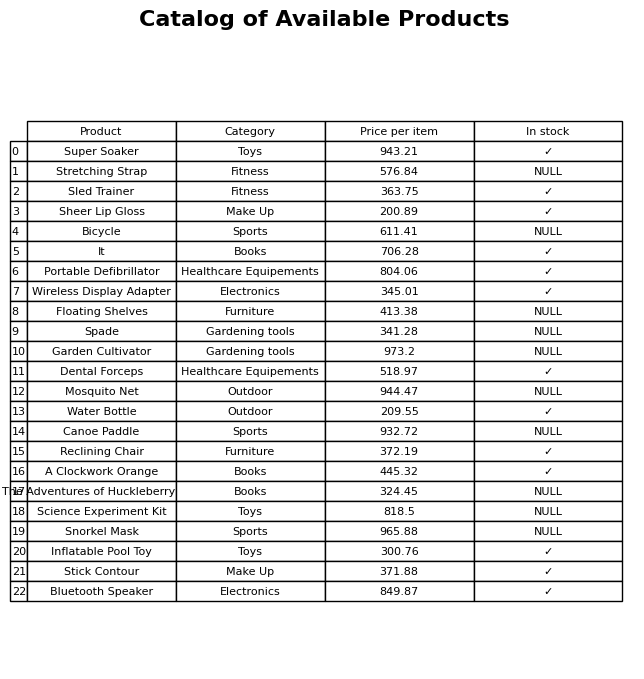
question: What is the price for Inflatable Pool Toy?
answer: The price of Inflatable Pool Toy is 300.76.